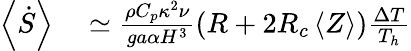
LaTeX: \begin{array}{rl}{\left<\dot{S}\right>}&{{}\simeq\frac{\rho C_{p}\kappa^{2}\nu}{ga\alpha H^{3}}(R+2R_{c}\left<Z\right>)\frac{\Delta T}{T_{h}}}\end{array}